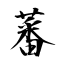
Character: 蕃